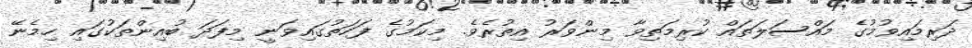
ދަރިމައިވުމުގެ މައްސަލަތައް ކުރިމަތިވާ މިންވަރު އިތުރެވެ. މިކަމުގެ ފަހަތުގައިވަނީ މިފަދަ ބުއިންތަކުގައި ހިމެނޭ